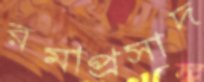
রমাপ্রসাদ